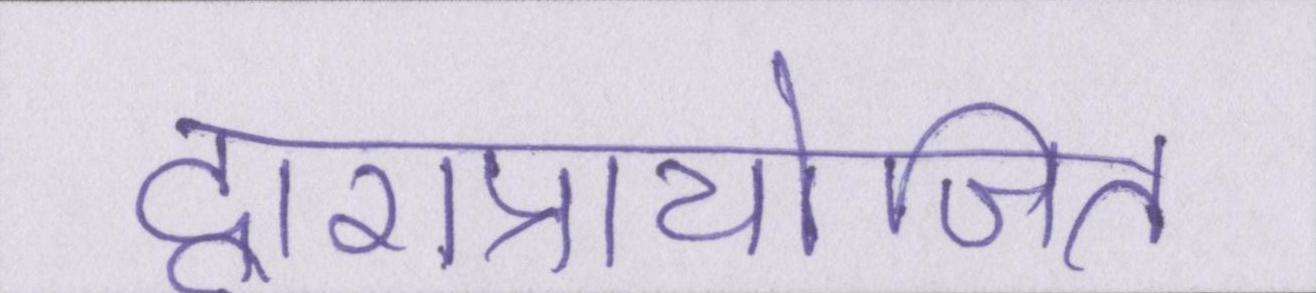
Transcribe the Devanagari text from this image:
द्वाराप्रायोजित